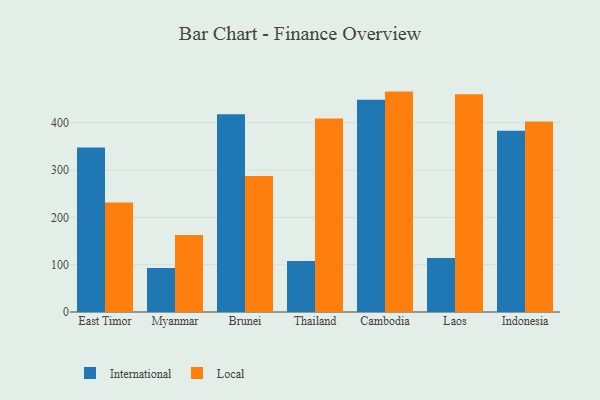
{"axis": {"x": "Country", "y": "Population (Million)"}, "legend": ["International", "Local"], "data": [{"x": "East Timor", "y": 347.9, "type": "International"}, {"x": "East Timor", "y": 231.4, "type": "Local"}, {"x": "Myanmar", "y": 93.2, "type": "International"}, {"x": "Myanmar", "y": 162.8, "type": "Local"}, {"x": "Brunei", "y": 418.1, "type": "International"}, {"x": "Brunei", "y": 287.5, "type": "Local"}, {"x": "Thailand", "y": 107.8, "type": "International"}, {"x": "Thailand", "y": 409.2, "type": "Local"}, {"x": "Cambodia", "y": 448.4, "type": "International"}, {"x": "Cambodia", "y": 465.8, "type": "Local"}, {"x": "Laos", "y": 114.1, "type": "International"}, {"x": "Laos", "y": 460.1, "type": "Local"}, {"x": "Indonesia", "y": 382.9, "type": "International"}, {"x": "Indonesia", "y": 402.6, "type": "Local"}]}